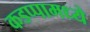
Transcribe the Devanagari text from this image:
कडप्पामध्ये